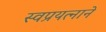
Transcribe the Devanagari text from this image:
स्वप्रयत्नाने